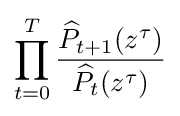
\prod _{t=0}^{T}{\frac {{\widehat {P}}_{t+1}(z^{\tau })}{{\widehat {P}}_{t}(z^{\tau })}}